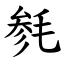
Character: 毵